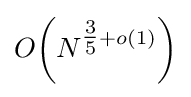
O\!\left(N^{{\tfrac {3}{5}}+o(1)}\right)